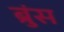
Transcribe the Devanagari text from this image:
ब्रुंस